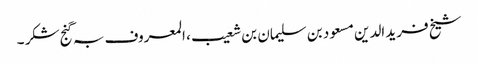
شیخ فرید الدین مسعود بن سلیمان بن شعیب ، المعروف بہ گنج شکر ۔